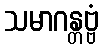
သမာဂန္တဗ္ဗံ